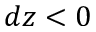
d z < 0